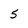
Character: 5